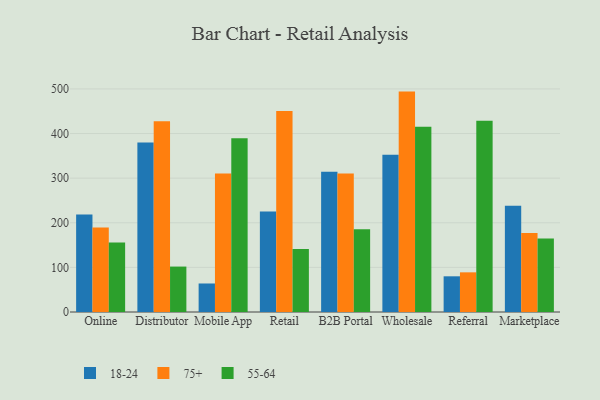
{"axis": {"x": "Channel", "y": "Backlog"}, "legend": ["18-24", "55-64", "75+"], "data": [{"x": "Online", "y": 218.8, "type": "18-24"}, {"x": "Online", "y": 189.6, "type": "75+"}, {"x": "Online", "y": 155.8, "type": "55-64"}, {"x": "Distributor", "y": 380.0, "type": "18-24"}, {"x": "Distributor", "y": 427.8, "type": "75+"}, {"x": "Distributor", "y": 101.8, "type": "55-64"}, {"x": "Mobile App", "y": 63.9, "type": "18-24"}, {"x": "Mobile App", "y": 310.6, "type": "75+"}, {"x": "Mobile App", "y": 389.2, "type": "55-64"}, {"x": "Retail", "y": 225.1, "type": "18-24"}, {"x": "Retail", "y": 450.5, "type": "75+"}, {"x": "Retail", "y": 141.1, "type": "55-64"}, {"x": "B2B Portal", "y": 314.6, "type": "18-24"}, {"x": "B2B Portal", "y": 310.6, "type": "75+"}, {"x": "B2B Portal", "y": 185.7, "type": "55-64"}, {"x": "Wholesale", "y": 352.3, "type": "18-24"}, {"x": "Wholesale", "y": 494.0, "type": "75+"}, {"x": "Wholesale", "y": 415.3, "type": "55-64"}, {"x": "Referral", "y": 80.0, "type": "18-24"}, {"x": "Referral", "y": 88.9, "type": "75+"}, {"x": "Referral", "y": 428.9, "type": "55-64"}, {"x": "Marketplace", "y": 237.9, "type": "18-24"}, {"x": "Marketplace", "y": 177.1, "type": "75+"}, {"x": "Marketplace", "y": 164.7, "type": "55-64"}]}